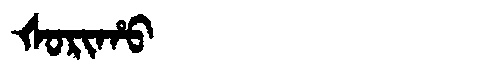
Manchu: ᡧᠣᡵᡳᡥᠣ
Romanization: ŠORIHO